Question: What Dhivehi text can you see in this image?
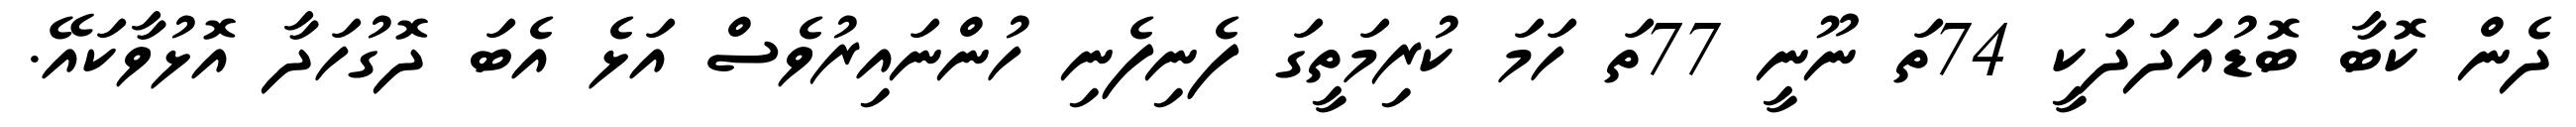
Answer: ދެން ކޮބާ ބޮޑުއަދަދަކީ 74ތަ ނޫނީ 77ތަ ހަމަ ކުރިމަތީގަ ފެނިފެނި ހުންނައިރުވެސް އަޅެ އެބަ ދޮގުހަދާ އޮޅުވާކައޭ.